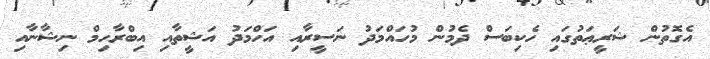
އެގޮތުން ޝަރީޢަތުގައި ހެކިބަސް ދެމުން މުހައްމަދު ނަސީރާއި އަހްމަދު އަޝީތާއި އިބްރާހިމް ނިޝާނާއި